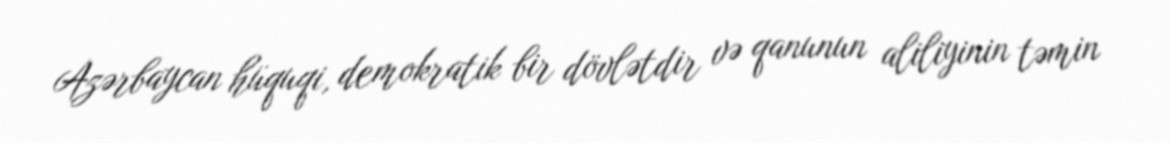
Azərbaycan hüquqi, demokratik bir dövlətdir və qanunun aliliyinin təmin